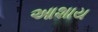
આશાય